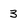
Character: 3